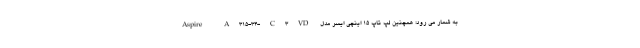
به شمار می رود؛ همچنین لپ تاپ 15 اینچی ایسر مدل Aspire A315-34-C3VD